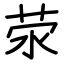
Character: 荥